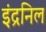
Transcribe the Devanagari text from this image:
इंद्रनिल